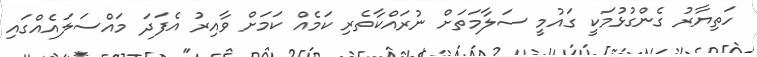
ހަތިޔާރު ގެންގުޅުމަކީ ގައުމީ ސަލާމަތަށް ނުރައްކާތެރި ކަމެއް ކަމަށް ވާއިރު އެފަދަ މައްސަލައެއްގައި